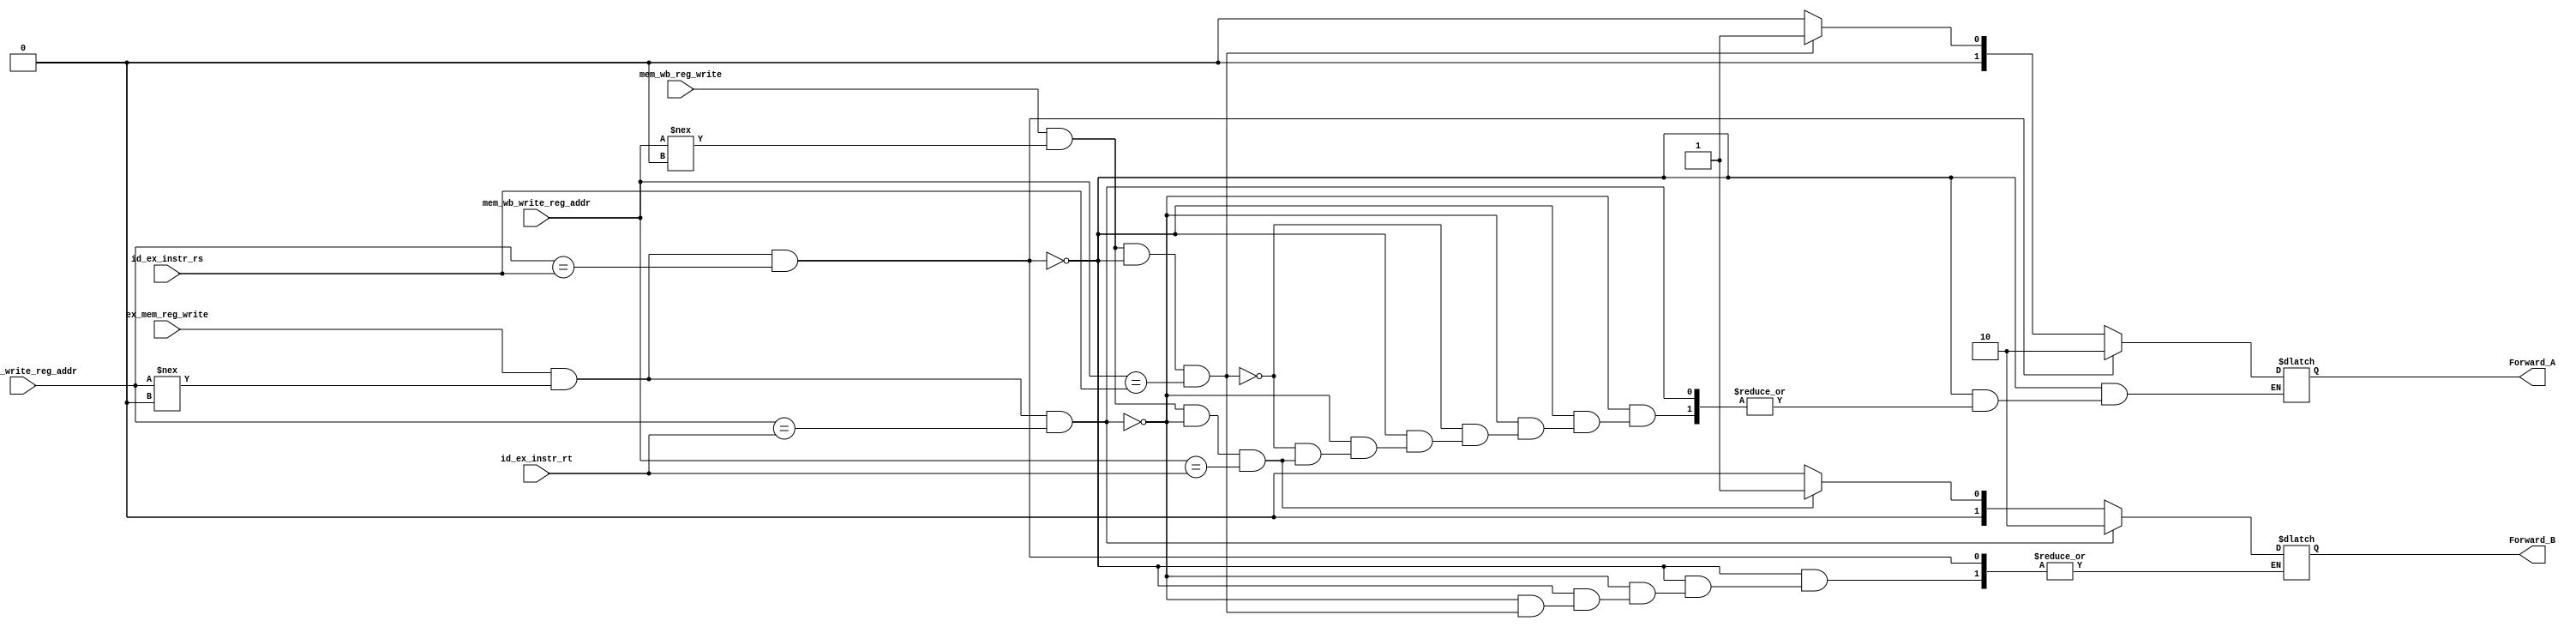
`timescale 1ns / 1ps
//////////////////////////////////////////////////////////////////////////////////
// Company: 
// Engineer: 
// 
// Design Name: 
// Module Name: Forwarding_unit
// Project Name: 
// Target Devices: 
// Tool Versions: 
// Description: 
// 
// Dependencies: 
// 
// Revision:
// Revision 0.01 - File Created
// Additional Comments:
// 
//////////////////////////////////////////////////////////////////////////////////


module EX_Forwarding_unit(
    input ex_mem_reg_write,
    input [4:0] ex_mem_write_reg_addr,
    input [4:0] id_ex_instr_rs,
    input [4:0] id_ex_instr_rt,
    input mem_wb_reg_write,
    input [4:0] mem_wb_write_reg_addr,
    output reg [1:0] Forward_A,
    output reg [1:0] Forward_B
    );
    
    always @(*)  
    begin
	// Write your code here that calculates the values of Forward_A and Forward_B
	if((ex_mem_reg_write) & (ex_mem_write_reg_addr !== 5'b0) & (ex_mem_write_reg_addr == id_ex_instr_rs))
	Forward_A = 2'b10;
	else if ((ex_mem_reg_write) & (ex_mem_write_reg_addr !== 5'b0) & (ex_mem_write_reg_addr == id_ex_instr_rt))
	Forward_B = 2'b10;
	else if ((mem_wb_reg_write) &(mem_wb_write_reg_addr !== 5'b0) & (~((ex_mem_reg_write) & (ex_mem_write_reg_addr !== 5'b0) & (ex_mem_write_reg_addr == id_ex_instr_rs))) & (mem_wb_write_reg_addr == id_ex_instr_rs))
    Forward_A = 2'b01;
    else if ((mem_wb_reg_write) & (mem_wb_write_reg_addr !== 5'b0) & (~((ex_mem_reg_write) & (ex_mem_write_reg_addr !== 5'b0) & (ex_mem_write_reg_addr == id_ex_instr_rt))) & (mem_wb_write_reg_addr == id_ex_instr_rt))
    Forward_B = 2'b01; 
    else begin
    Forward_A = 2'b00;
    Forward_B = 2'b00;
    end
    
    
    end 

endmodule